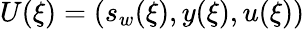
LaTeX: U(\xi)=(s_{w}(\xi),y(\xi),u(\xi))